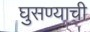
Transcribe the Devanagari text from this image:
घुसण्याची